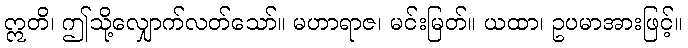
ဣတိ၊ ဤသို့လျှောက်လတ်သော်။ မဟာရာဇ၊ မင်းမြတ်။ ယထာ၊ ဥပမာအားဖြင့်။